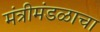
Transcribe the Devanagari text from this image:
मंत्रीमंडळाचा